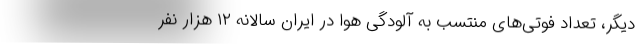
دیگر، تعداد فوتی‌های منتسب به آلودگی هوا در ایران سالانه ۱۲ هزار نفر